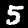
Label: 5